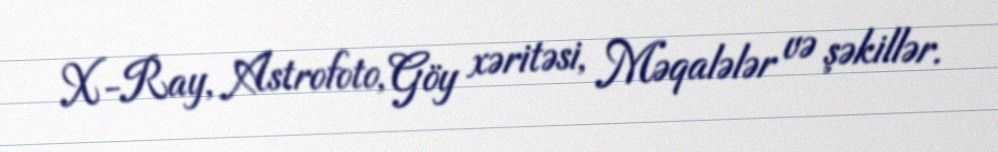
X-Ray, Astrofoto, Göy xəritəsi, Məqalələr və şəkillər.